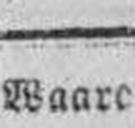
Waare